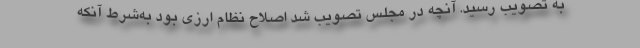
به تصویب رسید. آنچه در مجلس تصویب شد اصلاح نظام ارزی بود به‌شرط آنکه